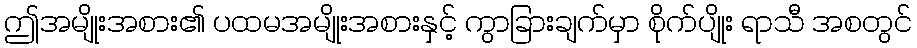
ဤအမျိုးအစား၏ ပထမအမျိုးအစားနှင့် ကွာခြားချက်မှာ စိုက်ပျိုး ရာသီ အစတွင်